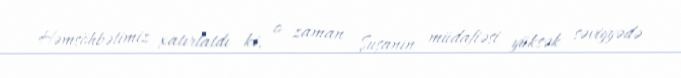
Həmsöhbətimiz xatırlatdı ki, o zaman Şuşanın müdafiəsi yüksək səviyyədə